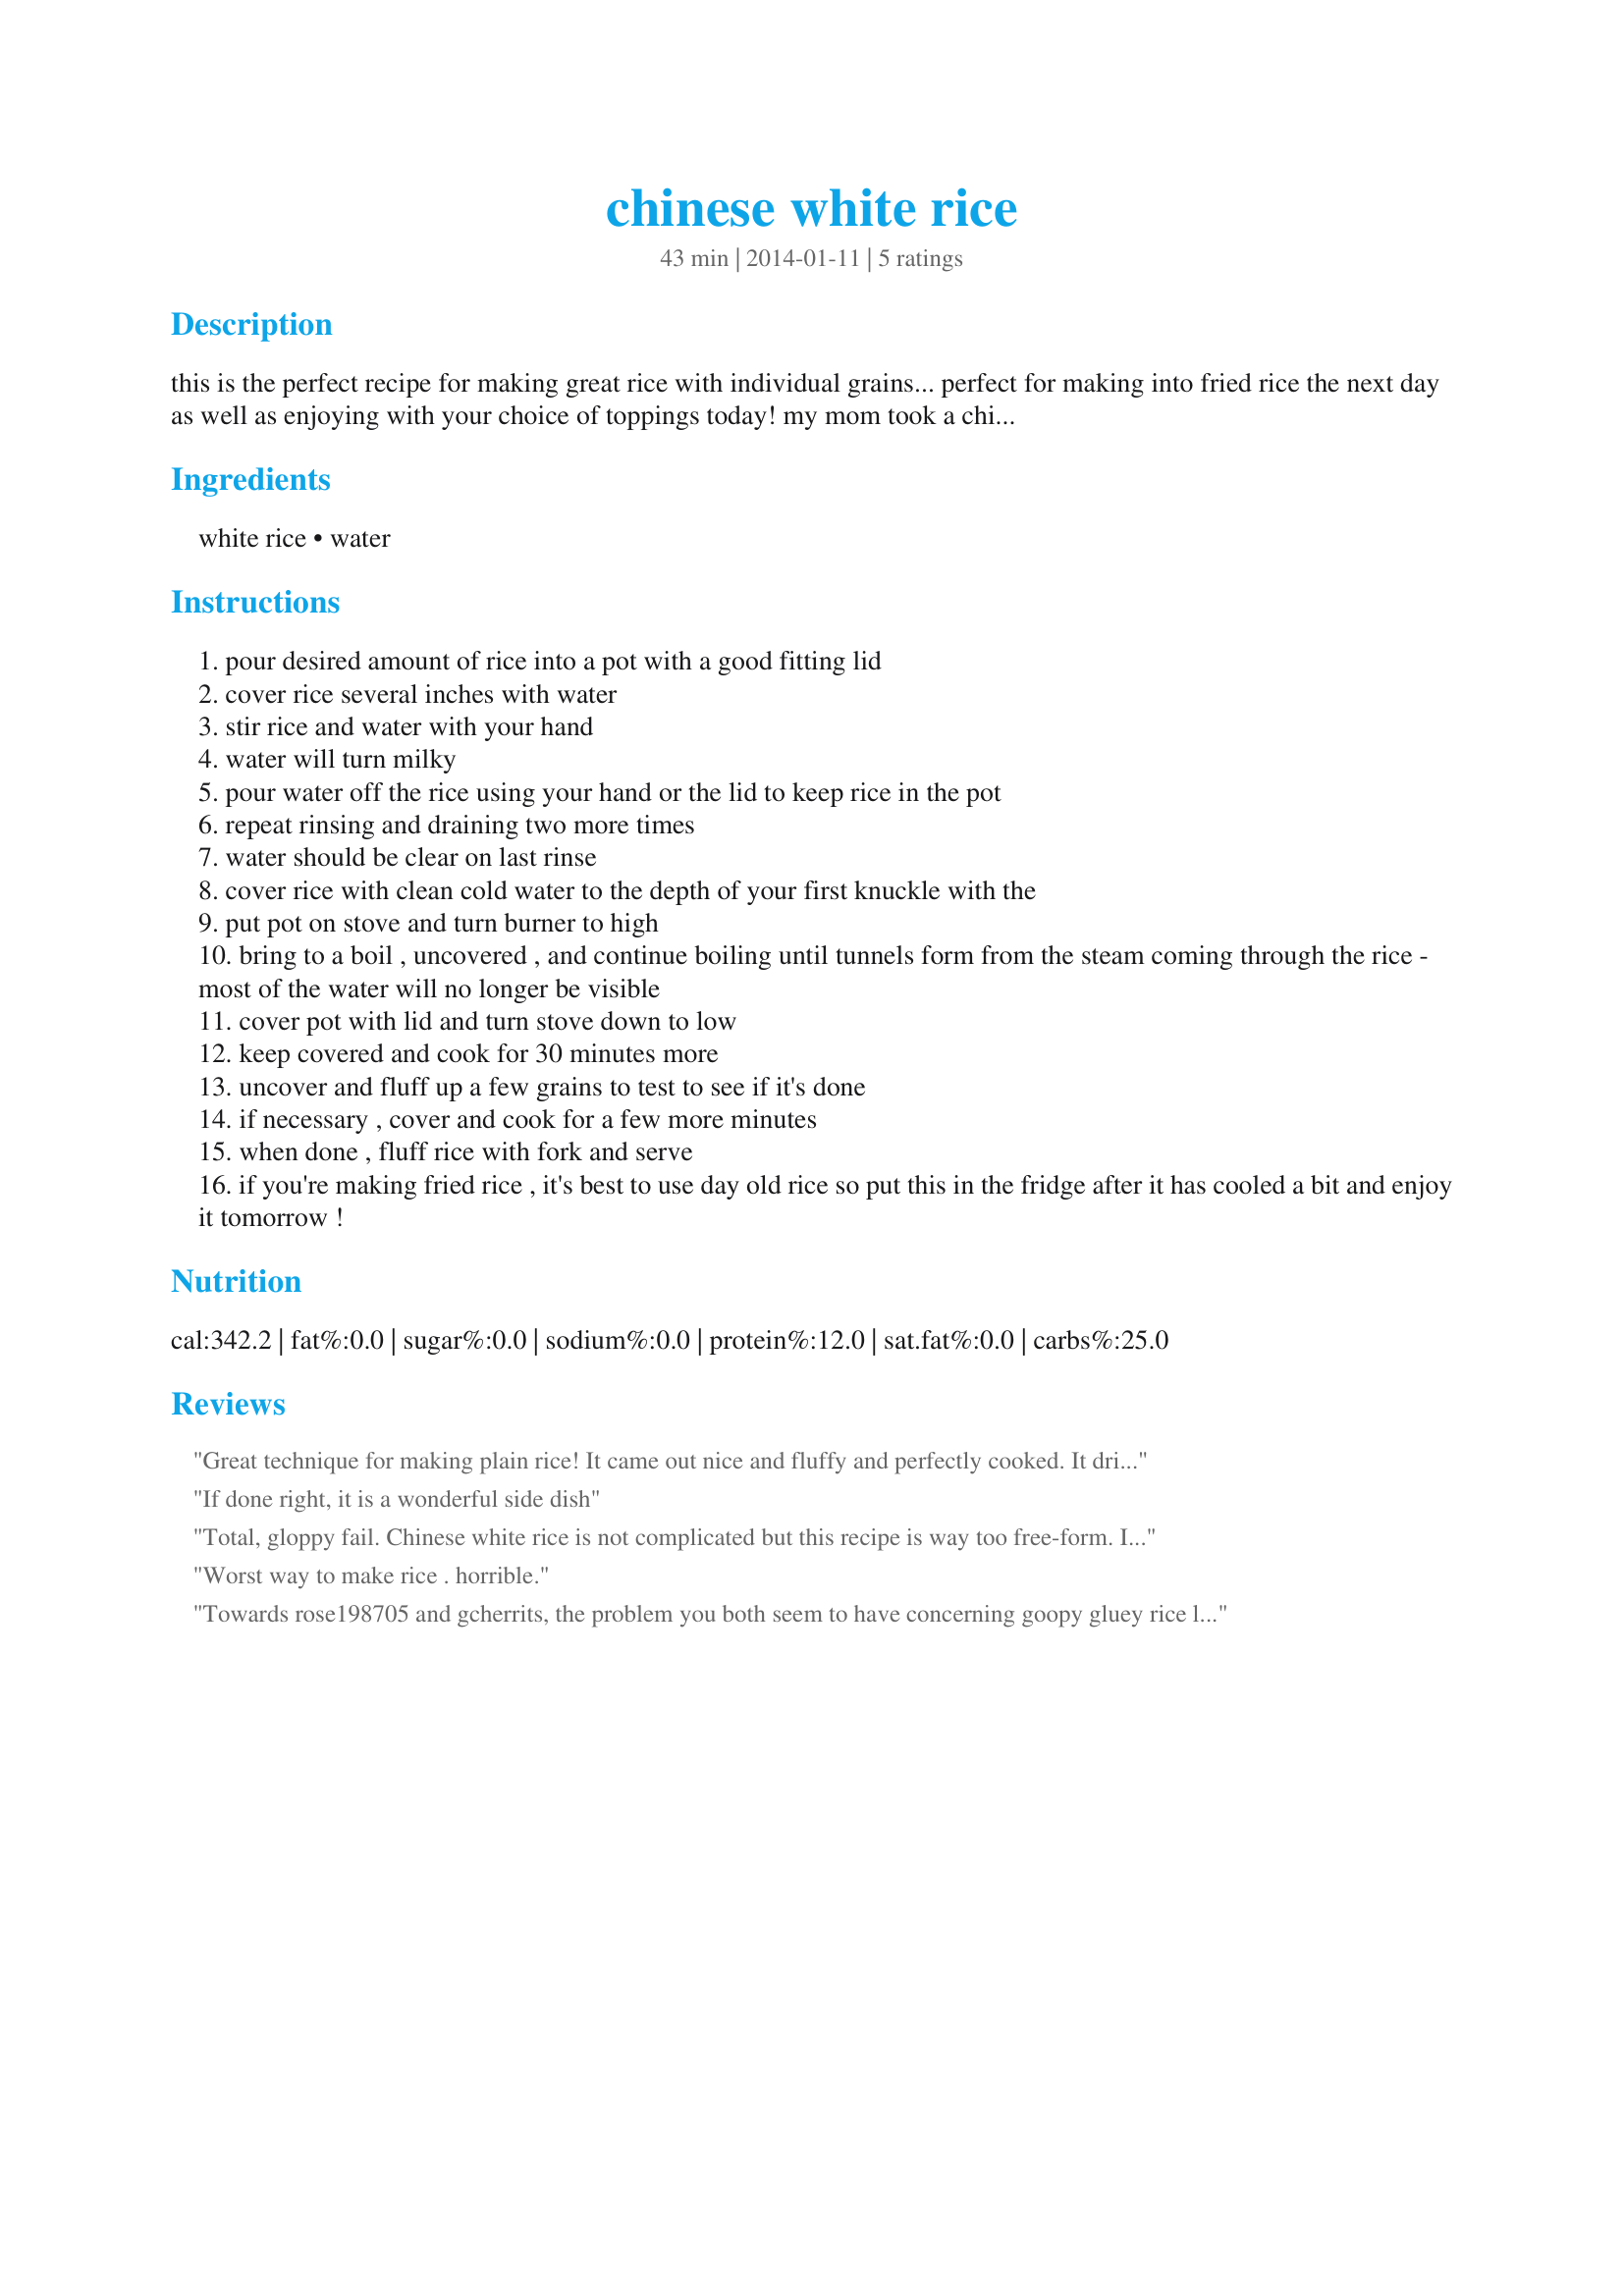
chinese white rice
Preparation time: 43 minutes

this is the perfect recipe for making great rice with individual grains... perfect for making into fried rice the next day as well as enjoying with your choice of toppings today! my mom took a chinese cooking class back in the '70's and we've used it to make rice ever since.

Ingredients:
white rice, water

Steps:
pour desired amount of rice into a pot with a good fitting lid
cover rice several inches with water
stir rice and water with your hand
water will turn milky
pour water off the rice using your hand or the lid to keep rice in the pot
repeat rinsing and draining two more times
water should be clear on last rinse
cover rice with clean cold water to the depth of your first knuckle with the
put pot on stove and turn burner to high
bring to a boil , uncovered , and continue boiling until tunnels form from the steam coming through the rice - most of the water will no longer be visible
cover pot with lid and turn stove down to low
keep covered and cook for 30 minutes more
uncover and fluff up a few grains to test to see if it's done
if necessary , cover and cook for a few more minutes
when done , fluff rice with fork and serve
if you're making fried rice , it's best to use day old rice so put this in the fridge after it has cooled a bit and enjoy it tomorrow !

Reviews:
Great technique for making plain rice! It came out nice and fluffy and perfectly cooked. It dried up but didn&#039;t stick to the bottom or burn. Will be using this method when I need white rice. Made for Spring PAC 2014.
If done right, it is a wonderful side dish
Total, gloppy fail. Chinese white rice is not complicated but this recipe is way too free-form. It&#039;s downright reckless. I&#039;ll use the epicurious recipe next time or just my old fashioned &quot;American&quot; White rice recipe. Sorry AZPARZYC and allypal but skip this one!
Worst way to make rice . horrible.
Towards rose198705 and gcherrits, the problem you both seem to have concerning goopy gluey rice lies in the starches. Removing most of the free starch when washing the rice is insanely important. Likewise, lowering the heat part way through the cooking process helps. While it isnt mentioned here, allowing the rice to rest off of the heat before fluffing acts like insurance. That rest period sets the remaining starches in the rice grains, giving you the desired end product. &lt;3
